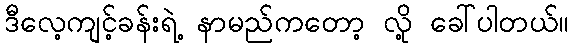
ဒီလေ့ကျင့်ခန်းရဲ့ နာမည်ကတော့ လို့ ခေါ်ပါတယ်။